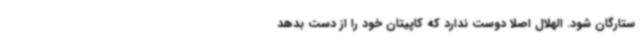
ستارگان شود. الهلال اصلا دوست ندارد که کاپیتان خود را از دست بدهد